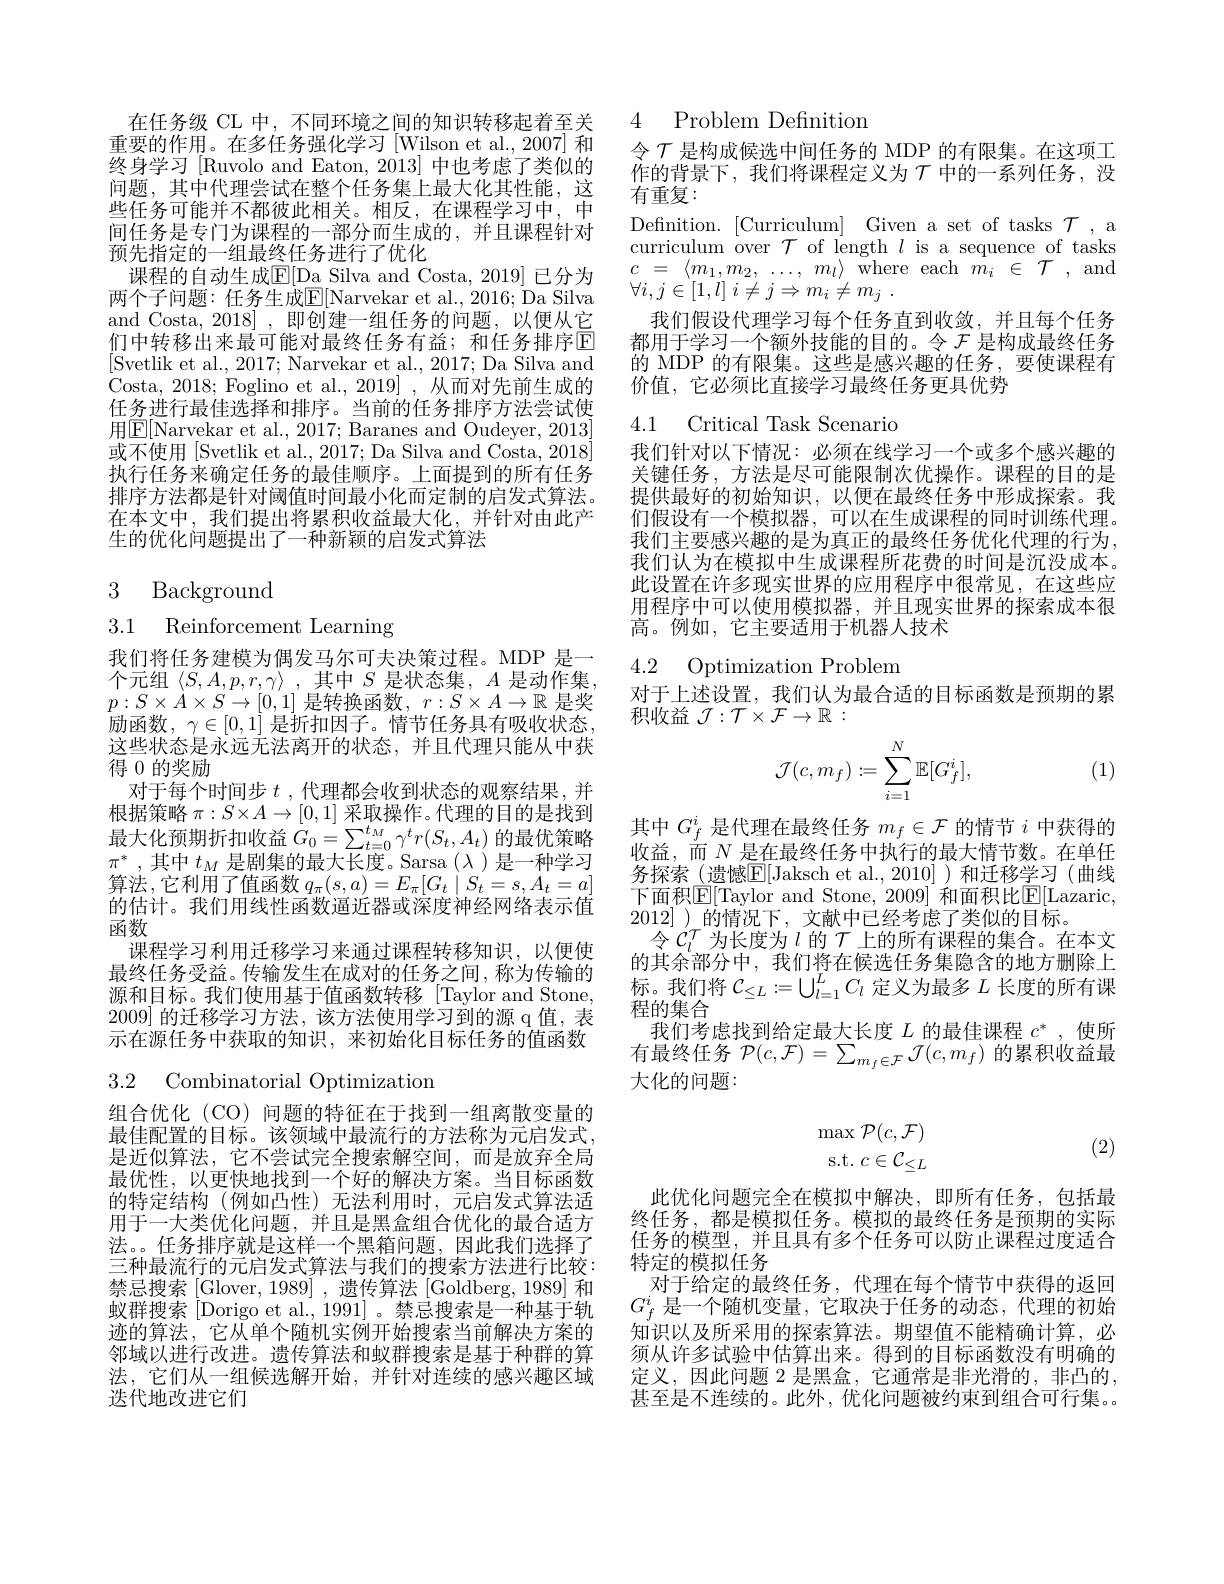
在任务级 CL 中，不同环境之间的知识转移起着至关重要的作用。在多任务强化学习[Wilson et al., 2007] 和终身学习[Ruvolo and Eaton, 2013] 中也考虑了类似的问题，其中代理尝试在整个任务集上最大化其性能，这些任务可能并不都彼此相关。相反，在课程学习中，中间任务是专门为课程的一部分而生成的，并且课程针对预先指定的一组最终任务进行了优化
课程的自动生成$\mathbb{E}[$Da Silva and Costa, 2019] 已分为两个子问题：任务生成$\mathbb{E}[$Narvekar et al., 2016; Da Silva and Costa, 2018] ,即创建一组任务的问题，以便从它们中转移出来最可能对最终任务有益；和任务排序回[Svetlik et al., 2017; Narvekar et al., 2017; Da Silva and Costa, 2018; Foglino et al., 2019] , 从而对先前生成的任务进行最佳选择和排序。当前的任务排序方法尝试使用$\boxed{\mathrm{E}}[$Narvekar et al., 2017; Baranes and Oudeyer, 2013] 或不使用[Svetlik et al., 2017; Da Silva and Costa, 2018] 执行任务来确定任务的最佳顺序。上面提到的所有任务排序方法都是针对阈值时间最小化而定制的启发式算法。在本文中，我们提出将累积收益最大化，并针对由此产生的优化问题提出了一种新颖的启发式算法
$$\begin{matrix}3&\text{Background}\\3.1&\text{Reinforcement Learning}\end{matrix}$$
这些状态是永远无法离开的状态，并且代理只能从中获
得$\overline{0}$的奖励

我们将任务建模为偶发马尔可夫决策过程。MDP 是一个元组$\left\langle S,A,p,r,\gamma\right\rangle$,其中$S$是状态集$,A$是动作集， $p:S\times\dot{A}\times S\to[0,1]$是转换函数，$r:S\times A\to\mathbb{R}$是奖励函数，$\gamma\in[0,1]$是折扣因子。情节任务具有吸收状态对于每个时间步$t$ ,代理都会收到状态的观察结果，并根据策略$\pi:S\times A\to[0,1]$采取操作。代理的目的是找到最大化预期折扣收益$G_0=\sum_{t=0}^{t_M}\gamma^tr(S_t,A_t)$的最优策略$\pi^*$,其中$t_M$ 是剧集的最大长度。Sarsa $(\lambda)$ 是一种学习算法，它利用了值函数$q_\pi(s,a)=E_\pi[G_t\mid S_t=s,A_t=a]$ 的估计。我们用线性函数逼近器或深度神经网络表示值函数
课程学习利用迁移学习来通过课程转移知识，以便使最终任务受益。传输发生在成对的任务之间，称为传输的源和目标。我们使用基于值函数转移 [Taylor and Stone, 2009]的迁移学习方法，该方法使用学习到的源 q 值，表示在源任务中获取的知识，来初始化目标任务的值函数

## 3.2 Combinatorial Optimization

组合优化 (CO) 问题的特征在于找到一组离散变量的最佳配置的目标。该领域中最流行的方法称为元启发式， 是近似算法，它不尝试完全搜索解空间，而是放弃全局最优性，以更快地找到一个好的解决方案。当目标函数的特定结构(例如凸性)无法利用时，元启发式算法适用于一大类优化问题，并且是黑盒组合优化的最合适方法。。任务排序就是这样一个黑箱问题，因此我们选择了三种最流行的元启发式算法与我们的搜索方法进行比较： 禁忌搜索[Glover,1989],遗传算法[Goldberg,1989]和蚁群搜索[Dorigo et al.,1991]。禁忌搜索是一种基于轨迹的算法，它从单个随机实例开始搜索当前解决方案的邻域以进行改进。遗传算法和蚁群搜索是基于种群的算法，它们从一组候选解开始，并针对连续的感兴趣区域迭代地改进它们

### 4 Problem Definition

令$\mathcal{T}$是构成候选中间任务的 MDP 的有限集。在这项工作的背景下，我们将课程定义为$\tau$ 中的一系列任务，没有重复：
Definition.[Curriculum] Given a set of tasks $\mathcal{T}$,a curriculum over $\mathcal{T}$ of length $l$ is a sequence of tasks $c$ = $\langle m_{1}, m_{2}$, $\ldots $, $m_{l}\rangle$ $\bar{\mathrm{where~each~}}$ $\bar{m_{i}}$ $\in$ $\mathcal{T}$ ,and $\forall i, j\in [ 1, \dot{l} ]$ $i\neq j\Rightarrow m_{i}\neq m_{j}$ .
我们假设代理学习每个任务直到收敛，并且每个任务都用于学习一个额外技能的目的。令$\mathcal{F}$是构成最终任务的 MDP 的有限集。这些是感兴趣的任务，要使课程有价值，它必须比直接学习最终任务更具优势

4.1 Critical Task Scenario

我们针对以下情况：必须在线学习一个或多个感兴趣的关键任务，方法是尽可能限制次优操作。课程的目的是提供最好的初始知识，以便在最终任务中形成探索。我们假设有一个模拟器，可以在生成课程的同时训练代理。我们主要感兴趣的是为真正的最终任务优化代理的行为， 我们认为在模拟中生成课程所花费的时间是沉没成本。此设置在许多现实世界的应用程序中很常见，在这些应用程序中可以使用模拟器，并且现实世界的探索成本很高。例如，它主要适用于机器人技术

4.2 Optimization Problem

对于上述设置，我们认为最合适的目标函数是预期的累
积收益$\mathcal{J}:\mathcal{T}\times\mathcal{F}\to\mathbb{R}:$

(1)
$$\mathcal{J}(c,m_f):=\sum_{i=1}^N\mathbb{E}[G_f^i],$$
其中$G_f^i$是代理在最终任务$m_f\in\mathcal{F}$的情节$i$中获得的收益，而$N$是在最终任务中执行的最大情节数。在单任务探索(遗憾$\underline{\mathrm{E}}[$Jaksch et al.,2010])和迁移学习(曲线下面积$\mathbb{E}[$Taylor and Stone, 2009] 和面积比$\mathbb{E}[$Lazaric, 2012]\_的情况下，文献中已经考虑了类似的目标。
令$C_l^T$为长度为$l$的$\mathcal{T}$上的所有课程的集合。在本文的其余部分中，我们将在候选任务集隐含的地方删除上标。我们将$C_\leq L:=\bigcup_{l=1}^LC_l$定义为最多$L$长度的所有课程的集合
我们考虑找到给定最大长度$L$的最佳课程$c^*$,使所有最终任务$\mathcal{P}(c,\mathcal{F})=\sum_{m_f\in\mathcal{F}}\mathcal{J}(c,m_f)$的累积收益最大化的问题：
$$\begin{array}{r}\max\mathcal{P}(c,\mathcal{F})\\\text{s.t.}c\in\mathcal{C}_{\leq L}\end{array}$$
(2)

此优化问题完全在模拟中解决，即所有任务，包括最终任务，都是模拟任务。模拟的最终任务是预期的实际任务的模型，并且具有多个任务可以防止课程过度适合特定的模拟任务
对于给定的最终任务，代理在每个情节中获得的返回$G_f^i$是一个随机变量，它取决于任务的动态，代理的初始知识以及所采用的探索算法。期望值不能精确计算，必须从许多试验中估算出来。得到的目标函数没有明确的定义，因此问题 2 是黑盒，它通常是非光滑的，非凸的， 甚至是不连续的。此外，优化问题被约束到组合可行集。